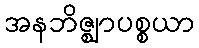
အနဘိဇ္ဈာပစ္စယာ